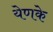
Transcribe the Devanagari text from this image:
येणके